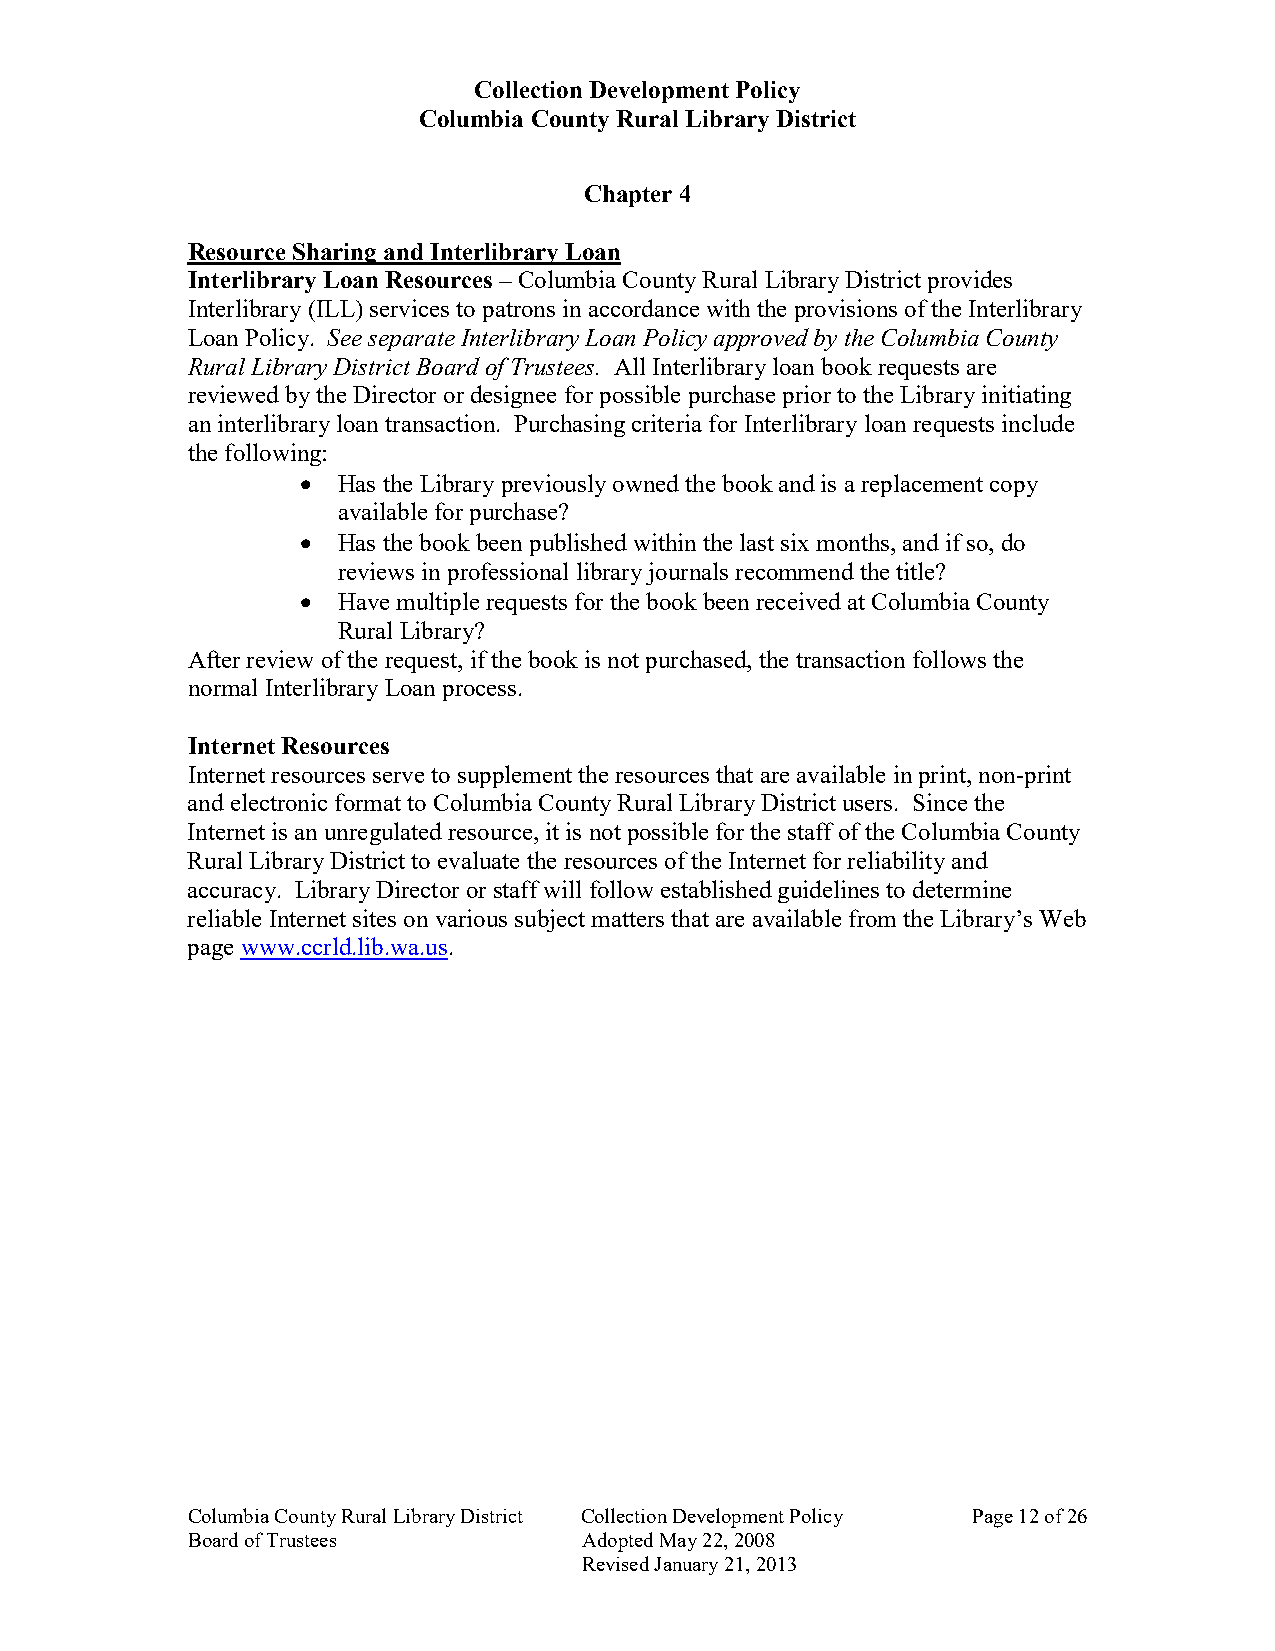
Collection Development Policy
 Columbia County Rural Library District
 Chapter 4
 Resource Sharing and Interlibrary Loan
 Interlibrary Loan Resources – Columbia County Rural Library District provides
 Interlibrary (ILL) services to patrons in accordance with the provisions of the Interlibrary
 Loan Policy. See separate Interlibrary Loan Policy approved by the Columbia County
 Rural Library District Board of Trustees. All Interlibrary loan book requests are
 reviewed by the Director or designee for possible purchase prior to the Library initiating
 an interlibrary loan transaction. Purchasing criteria for Interlibrary loan requests include
 the following:
 • Has the Library previously owned the book and is a replacement copy
 available for purchase?
 • Has the book been published within the last six months, and if so, do
 reviews in professional library journals recommend the title?
 • Have multiple requests for the book been received at Columbia County
 Rural Library?
 After review of the request, if the book is not purchased, the transaction follows the
 normal Interlibrary Loan process.
 Internet Resources
 Internet resources serve to supplement the resources that are available in print, non-print
 and electronic format to Columbia County Rural Library District users. Since the
 Internet is an unregulated resource, it is not possible for the staff of the Columbia County
 Rural Library District to evaluate the resources of the Internet for reliability and
 accuracy. Library Director or staff will follow established guidelines to determine
 reliable Internet sites on various subject matters that are available from the Library’s Web
 page www.ccrld.lib.wa.us.
 Columbia County Rural Library District Collection Development Policy Page 12 of 26
 Board of Trustees          Adopted May 22, 2008
 Revised January 21, 2013